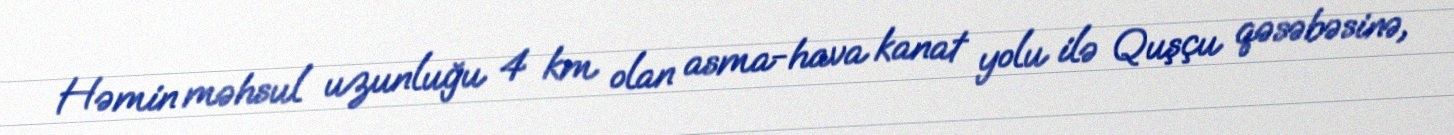
Həmin məhsul uzunluğu 4 km olan asma-hava kanat yolu ilə Quşçu qəsəbəsinə,